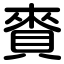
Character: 賚